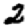
Digit: 2